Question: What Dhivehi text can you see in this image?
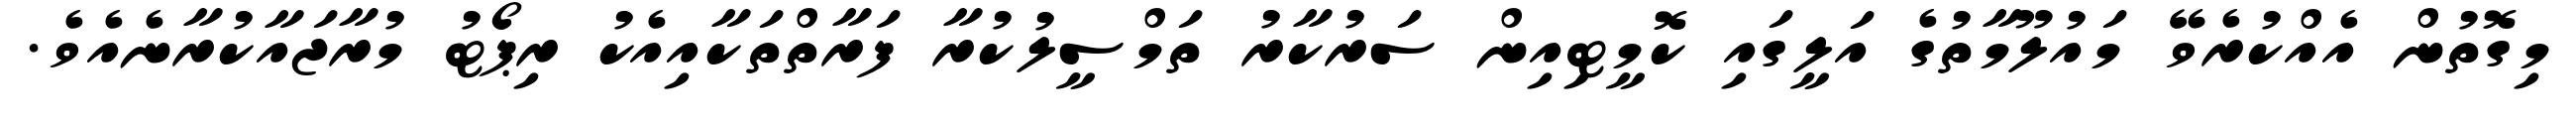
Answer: މިގޮތުން އެއްކުރެވޭ މައުލޫމާތުގެ އަލީގައި ކޮމީޓިއިން ސަރުކާރު ތަމްސީލުކުރާ ފަރާތްތަކާއިއެކު ރިޕޯޓު މުރާޖައާކުރާނެއެވެ.